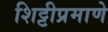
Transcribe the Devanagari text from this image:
शिट्टीप्रमाणे